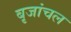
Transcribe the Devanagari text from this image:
बृजांचल